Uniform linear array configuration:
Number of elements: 4
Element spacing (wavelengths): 0.75
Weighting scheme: kaiser
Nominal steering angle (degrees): -30
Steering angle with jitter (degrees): -29.798
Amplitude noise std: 0.05
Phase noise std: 0.05

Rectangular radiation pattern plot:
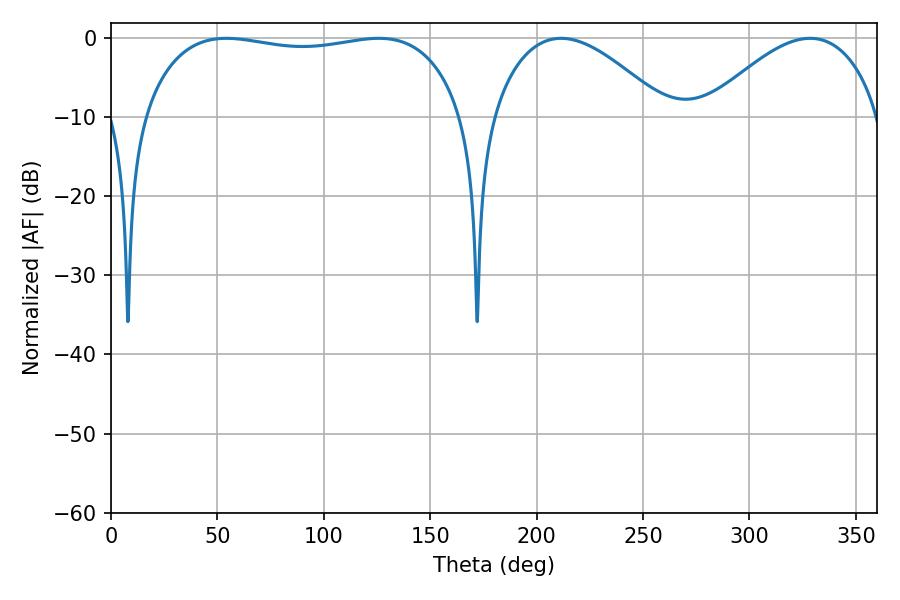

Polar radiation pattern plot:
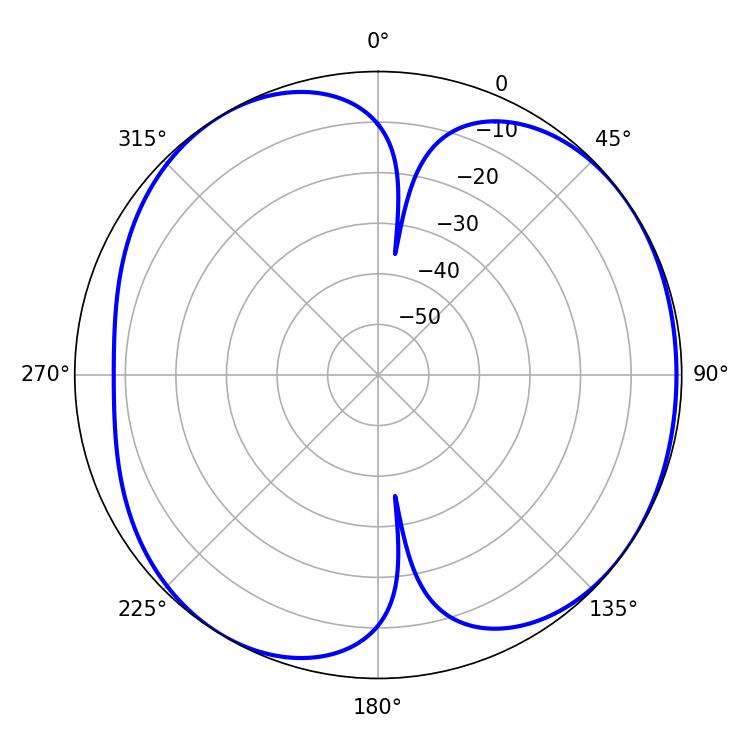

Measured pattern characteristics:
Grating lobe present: TRUE
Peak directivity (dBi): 5.452
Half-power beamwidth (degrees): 120.96
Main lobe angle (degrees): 54.18